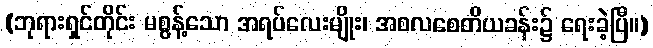
(ဘုရားရှင်တိုင်း မစွန့်သော အရပ်လေးမျိုး၊ အစလစေတိယခန်း၌ ရေးခဲ့ပြီ။)